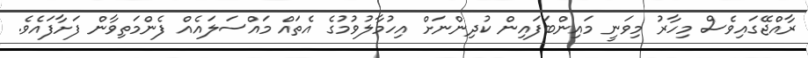
ރާއްޖޭގައިވެސް މިހާރު މިވަނީ މައިންބަފައިން ކުދިންނަށް އިހުމާލުވުމުގެ އެތައް މައްސަލައެއް ފެންމަތިވާން ފަށާފައެވެ.